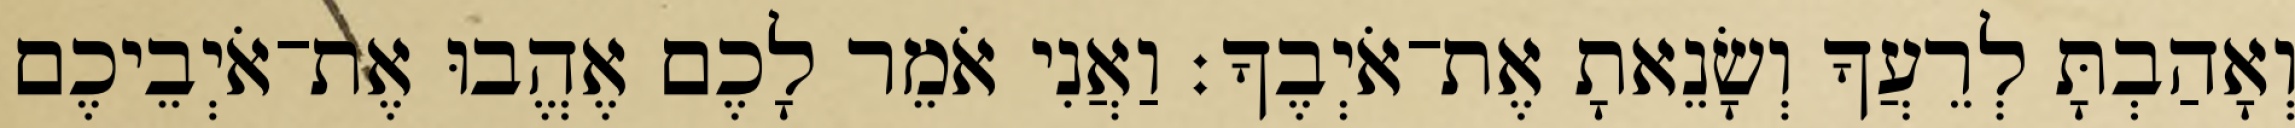
וְאָהַבְתָּ לְרֵעֲךָ וְשָׂנֵאתָ אֶת־אֹיְבֶךָ׃ וַאֲנִי אֹמֵר לָכֶם אֶהֱבוּ אֶת־אֹיְבֵיכֶם